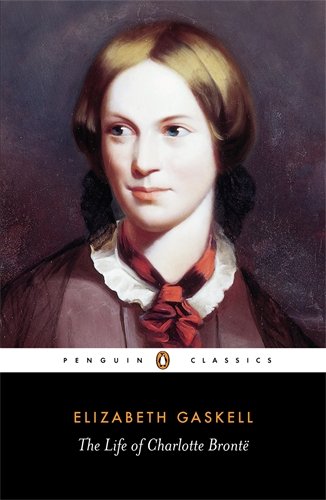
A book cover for The Life of Charlotte Bronte (Penguin Classics); Elizabeth Gaskell; Literature & Fiction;